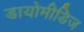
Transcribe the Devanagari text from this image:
डायोमीडिज